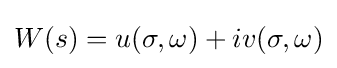
W(s)=u(\sigma ,\omega )+iv(\sigma ,\omega )